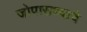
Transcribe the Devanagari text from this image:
जोपासण्याचे